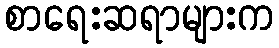
စာရေးဆရာများက